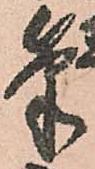
筆